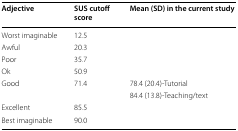
<table><thead><tr><td><b>Adjective</b></td><td><b>SUS cutoff score</b></td><td><b>Mean (SD) in the current study</b></td></tr></thead><tbody><tr><td>Worst imaginable</td><td>12.5</td><td></td></tr><tr><td>Awful</td><td>20.3</td><td></td></tr><tr><td>Poor</td><td>35.7</td><td></td></tr><tr><td>Ok</td><td>50.9</td><td></td></tr><tr><td rowspan="2">Good</td><td rowspan="2">71.4</td><td>78.4 (20.4)-Tutorial</td></tr><tr><td>84.4 (13.8)-Teaching/text</td></tr><tr><td>Excellent</td><td>85.5</td><td></td></tr><tr><td>Best imaginable</td><td>90.0</td><td></td></tr></tbody></table>